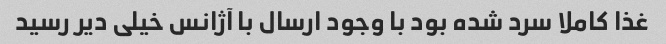
غذا کاملا سرد شده بود با وجود ارسال با آژانس خیلی دیر رسید